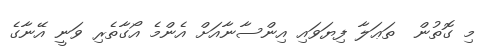
މި ގޮތުން  ތަޢަލާ ފިޔަވައި އިންސާނާއަށް އެންމެ އޯގާތެރި ވަނީ އޭނާގެ